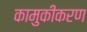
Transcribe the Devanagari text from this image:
कामुकीकरण